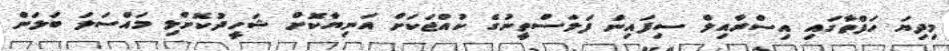
މިދިޔަ ހަފްތާގައި އިސްރާއިލް ސިފައިން ފަލަސްތީނުގެ ކުއްޖަކަށް އަނިޔާކޮށް ޝަހީދުކޮށްލި މައްސަލަ ބަލަން